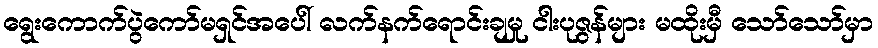
ရွေးကောက်ပွဲကော်မရှင်အပေါ် လက်နက်ရောင်းချမှု ငါးပုဇွန်များ မထိုးမှီ သော်သော်မှာ